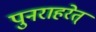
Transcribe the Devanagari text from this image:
पुनराहरेत्